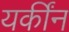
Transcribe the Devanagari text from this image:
यकींन